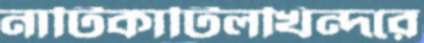
নাটিকাটিলখিন্দরে